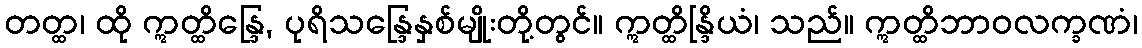
တတ္ထ၊ ထို ဣတ္ထိန္ဒြေ, ပုရိသန္ဒြေနှစ်မျိုးတို့တွင်။ ဣတ္ထိန္ဒြိယံ၊ သည်။ ဣတ္ထိဘာဝလက္ခဏံ၊